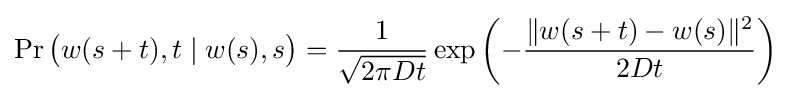
\Pr {\big (}w(s+t),t\mid w(s),s{\big )}={\frac {1}{\sqrt {2\pi Dt}}}\exp \left(-{\frac {\|w(s+t)-w(s)\|^{2}}{2Dt}}\right)